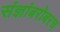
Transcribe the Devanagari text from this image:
संज्ञांबरोबरच